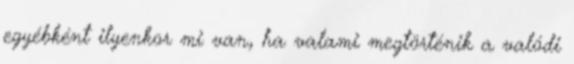
egyébként ilyenkor mi van, ha valami megtörténik a valódi